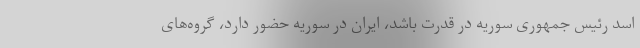
اسد رئیس جمهوری سوریه در قدرت باشد، ایران در سوریه حضور دارد، گروه‌های